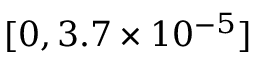
[ 0 , 3 . 7 \times 1 0 ^ { - 5 } ]